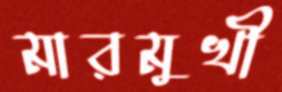
মারমুখী